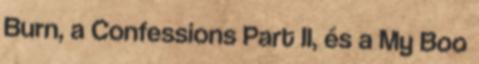
Burn, a Confessions Part II, és a My Boo